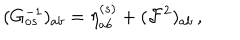
( G _ { o s } ^ { - 1 } ) _ { a b } = \eta _ { a b } ^ { ( s ) } + ( { \cal F } ^ { 2 } ) _ { a b } \, ,